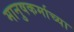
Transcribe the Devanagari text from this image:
मानुषकर्माच्या